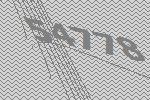
54778